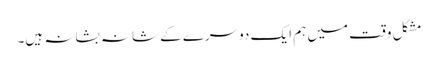
مشکل وقت میں ہم ایک دوسرے کے شانہ بشانہ ہیں۔